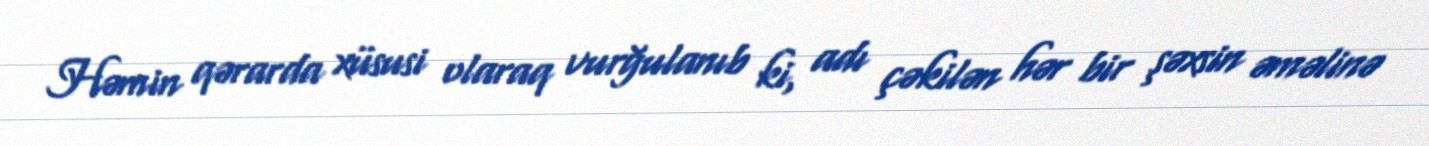
Həmin qərarda xüsusi olaraq vurğulanıb ki, adı çəkilən hər bir şəxsin əməlinə